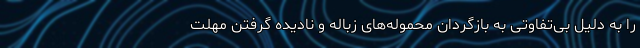
را به دلیل بی‌تفاوتی به بازگردان محموله‌های زباله و نادیده گرفتن مهلت